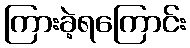
ကြားခဲ့ရကြောင်း